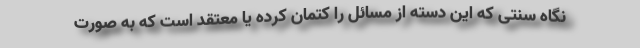
نگاه سنتی که این دسته از مسائل را کتمان کرده یا معتقد است که به صورت